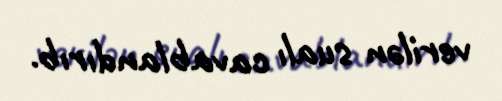
verilən sualı cavablandırıb.